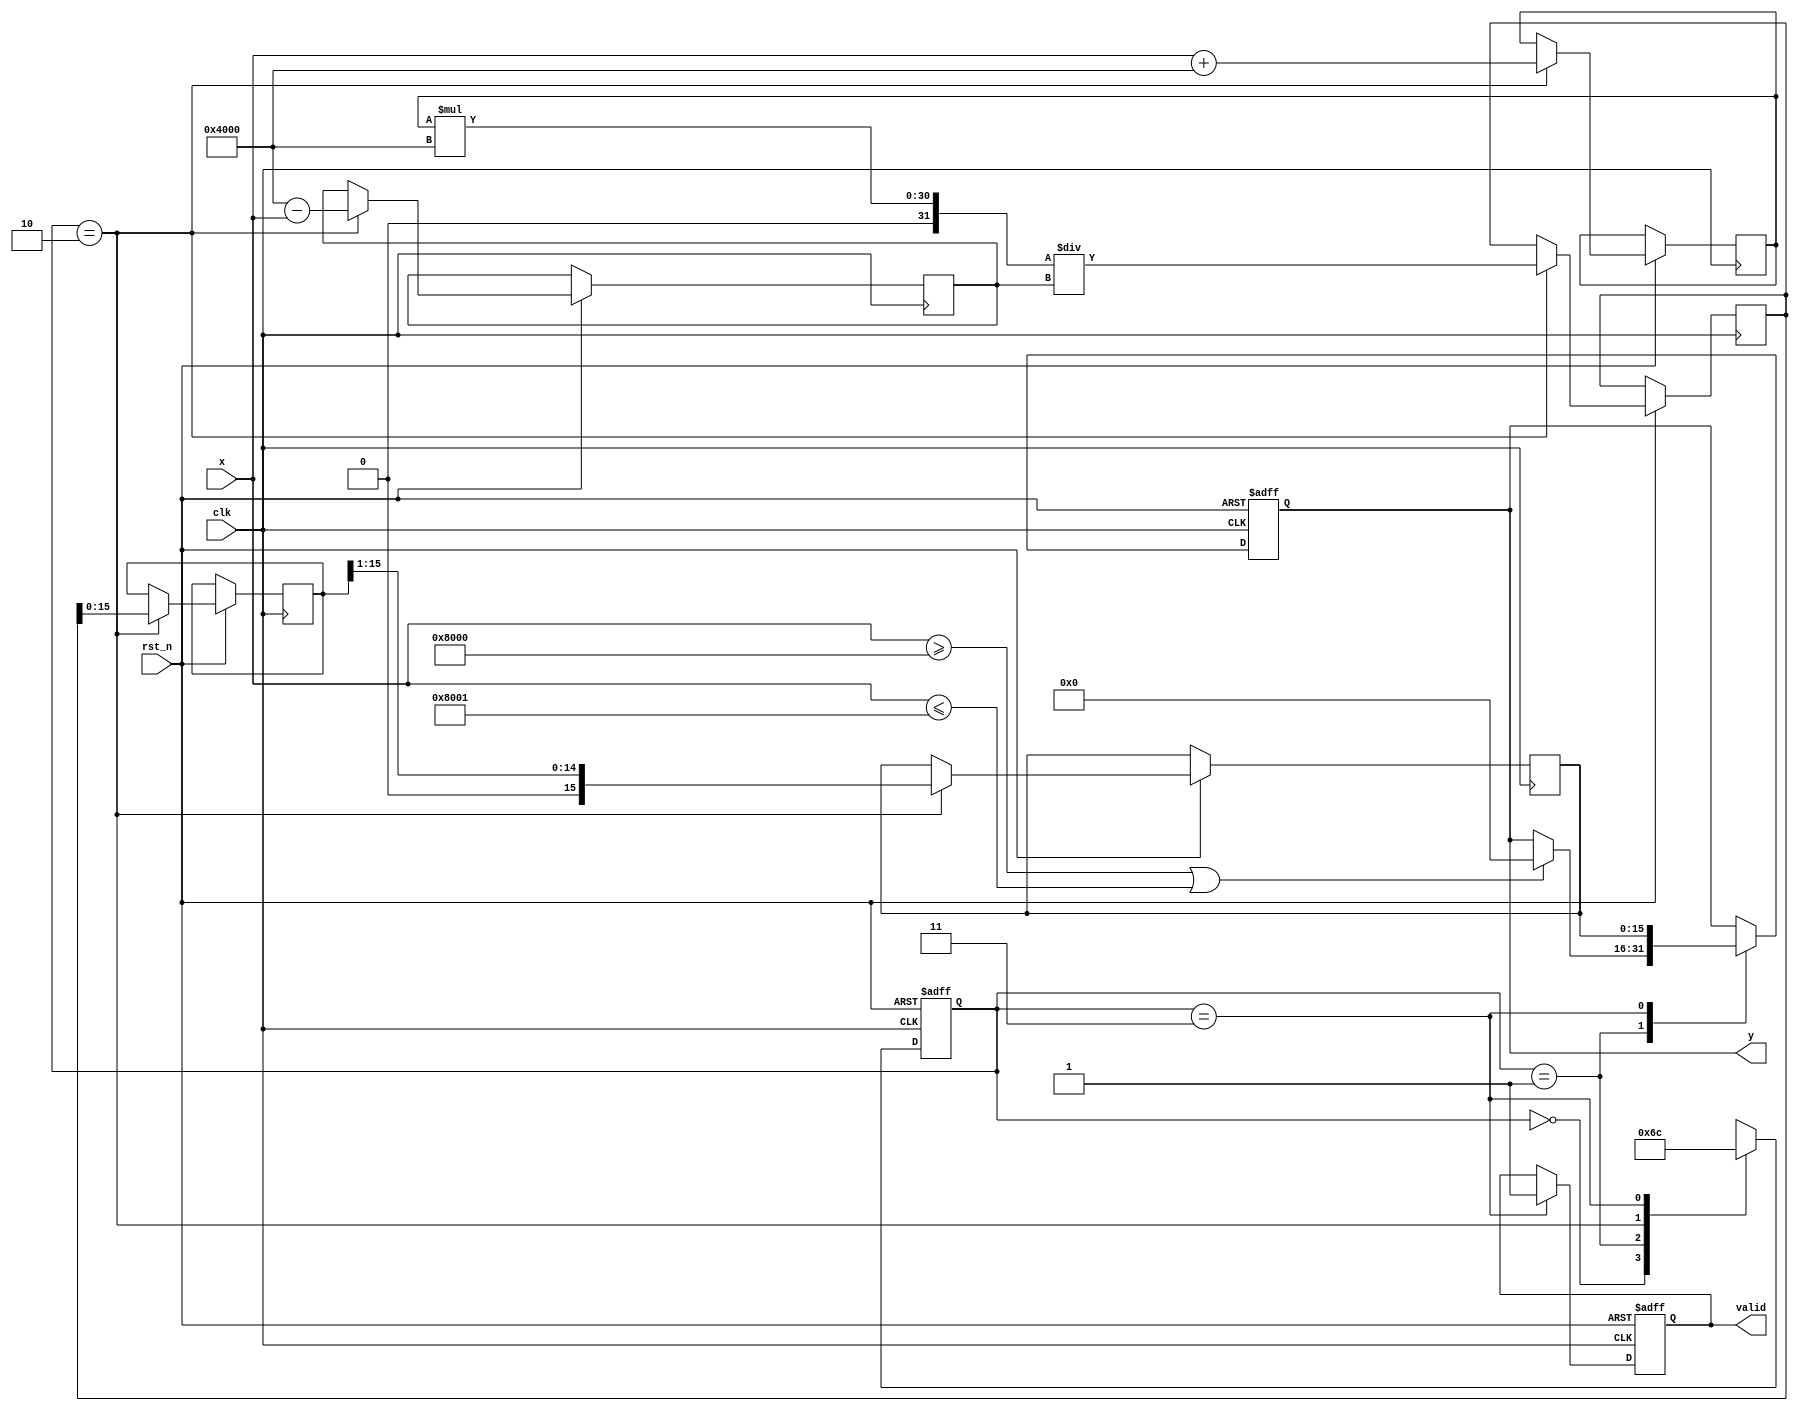
module atanh (
    input  wire clk,          // Clock signal
    input  wire rst_n,        // Active low reset signal
    input  wire [N-1:0] x,    // Input value (fixed-point representation)
    output reg  [M-1:0] y,     // Output value (atanh result in fixed-point representation)
    output reg  valid          // Output valid signal
);
    parameter N = 16; // Input bit width
    parameter M = 16; // Output bit width
    parameter SHIFT = 14; // Position of the fixed-point in the representation
    
    // Internal signals
    reg  [N-1:0] x_plus_1;
    reg  [N-1:0] x_minus_1;
    reg  [2*N-1:0] log_input; // To ensure enough bits for logarithm computation
    reg  [M-1:0] log_result;   // Result of the logarithm calculation
    reg  [M-1:0] div_result;    // Result of division by 2
    reg  range_error;           // Range error flag

    // State definitions for FSM
    parameter IDLE = 2'b00, VALIDATE = 2'b01, COMPUTE = 2'b10, OUTPUT = 2'b11;
    reg [1:0] state, next_state;

    // State Machine
    always @(posedge clk or negedge rst_n) begin
        if (!rst_n)
            state <= IDLE;
        else
            state <= next_state;
    end

    // State transitions
    always @(*) begin
        case(state)
            IDLE: next_state = VALIDATE;
            VALIDATE: next_state = COMPUTE; // Assume input is valid for now, add error check later
            COMPUTE: next_state = OUTPUT;
            OUTPUT: next_state = IDLE;
            default: next_state = IDLE;
        endcase
    end

    // Input validation
    always @(*) begin
        range_error = (x >= 32'h8000) || (x <= 32'h8001); // Check if x is outside the range (-1, 1)
    end

    // Compute atanh(x) operation
    always @(posedge clk or negedge rst_n) begin
        if (!rst_n) begin
            y <= 0;
            valid <= 0;
        end else begin
            case(state)
                VALIDATE: begin
                    if (range_error) begin
                        y <= 0; // Optional: could output saturate levels or an error code
                    end
                end

                COMPUTE: begin
                    // Compute 1+x and 1-x
                    x_plus_1 <= (x + (1 << SHIFT));   // 1 in fixed-point
                    x_minus_1 <= (1 << SHIFT) - x;    // 1 - x in fixed-point

                    // Compute natural logarithm and handle fixed-point division.
                    log_input <= x_plus_1 * (1 << SHIFT) / x_minus_1; // Fixed-point division
                    log_result <= log_fixed(log_input); // Call to logarithm function (to implement)

                    div_result <= log_result >> 1; // Division by 2 for atanh calculation
                end

                OUTPUT: begin
                    y <= div_result; // Set the output
                    valid <= 1; // Signal that the output is valid
                end
            endcase
        end
    end

    // Dummy function for logarithm, to be replaced with actual implementation
    function [M-1:0] log_fixed(input [2*N-1:0] input_val);
        // Simple approximation or use real logarithm implementation here
        log_fixed = input_val >> (N - M); // Simplified for the example
    endfunction

endmodule